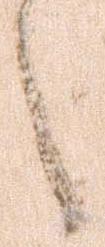
々